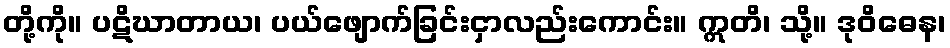
တို့ကို။ ပဋိဃာတာယ၊ ပယ်ဖျောက်ခြင်းငှာလည်းကောင်း။ ဣတိ၊ သို့။ ဒုဝိဓေန၊